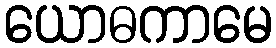
ယောဓကာမေ